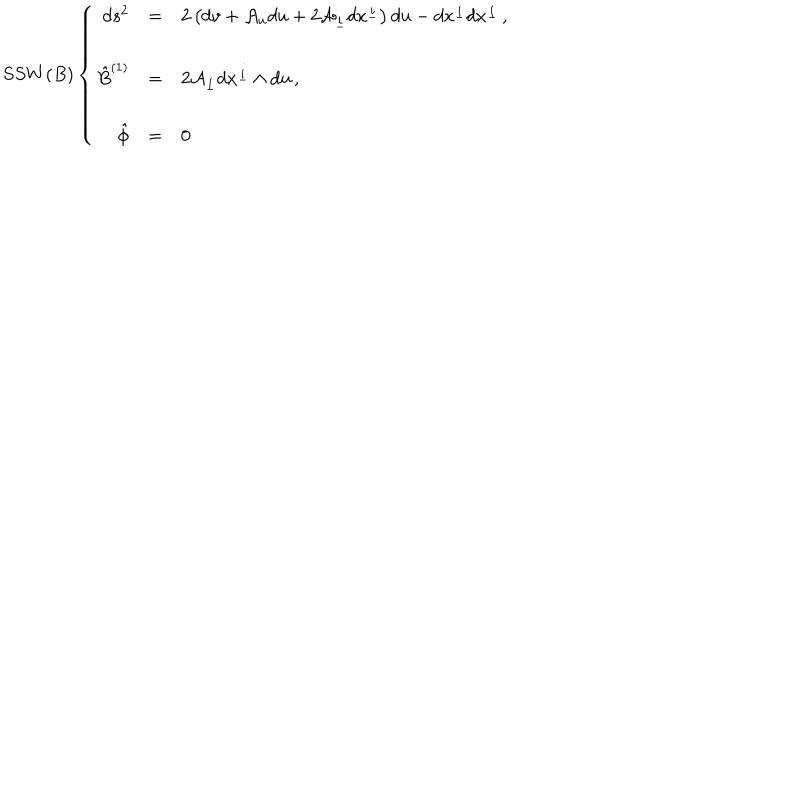
LaTeX: S S W ( B ) \left\{ \begin{array} { r c l } { { d s ^ { 2 } } } & { { = } } & { { 2 \left( d v + { \cal A } _ { u } d u + 2 { \cal A } _ { \underline { { { i } } } } d x ^ { \underline { { { i } } } } \right) d u - d x ^ { \underline { { { i } } } } d x ^ { \underline { { { i } } } } \, , } } \\ { { } } & { { } } & { { } } \\ { { \hat { B } ^ { ( 1 ) } } } & { { = } } & { { 2 { \cal A } _ { \underline { { { i } } } } d x ^ { \underline { { { i } } } } \wedge d u \, , } } \\ { { } } & { { } } & { { } } \\ { { \hat { \phi } } } & { { = } } & { { 0 \, } } \\ \end{array} \right.